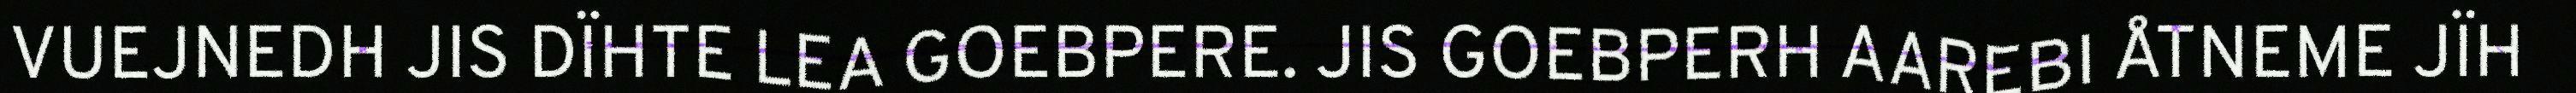
VUEJNEDH JIS DÏHTE LEA GOEBPERE. JIS GOEBPERH AAREBI ÅTNEME JÏH